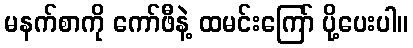
မနက်စာကို ကော်ဖီနဲ့ ထမင်းကြော် ပို့ပေးပါ။